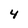
Character: 4